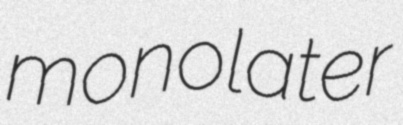
monolater